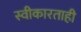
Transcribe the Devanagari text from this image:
स्वीकारताही